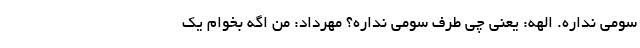
سومی نداره. الهه: یعنی چی طرف سومی نداره؟ مهرداد: من اگه بخوام یک